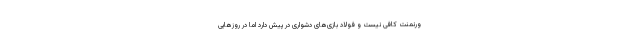
ورنمنت کافی نیست و فولاد بازی‌های دشواری در پیش دارد اما در روزهایی